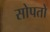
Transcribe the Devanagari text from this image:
सोपतो